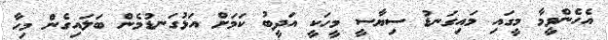
އެހެންވީމާ މީގައި މައިގަނޑު ސިޔާސީ މީހަކީ އަދީބު ކަމަށް އަޅުގަނޑުމެން ބަލައިގެން މިހާ